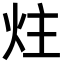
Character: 炷